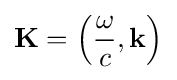
\mathbf {K} =\left({\frac {\omega }{c}},\mathbf {k} \right)